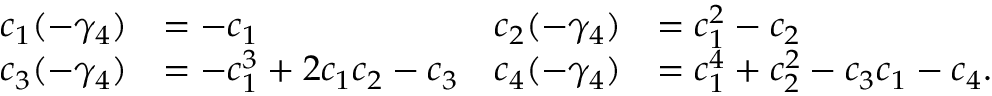
\begin{array} { r l r l } { c _ { 1 } ( - \gamma _ { 4 } ) } & { = - c _ { 1 } } & { c _ { 2 } ( - \gamma _ { 4 } ) } & { = c _ { 1 } ^ { 2 } - c _ { 2 } } \\ { c _ { 3 } ( - \gamma _ { 4 } ) } & { = - c _ { 1 } ^ { 3 } + 2 c _ { 1 } c _ { 2 } - c _ { 3 } } & { c _ { 4 } ( - \gamma _ { 4 } ) } & { = c _ { 1 } ^ { 4 } + c _ { 2 } ^ { 2 } - c _ { 3 } c _ { 1 } - c _ { 4 } . } \end{array}